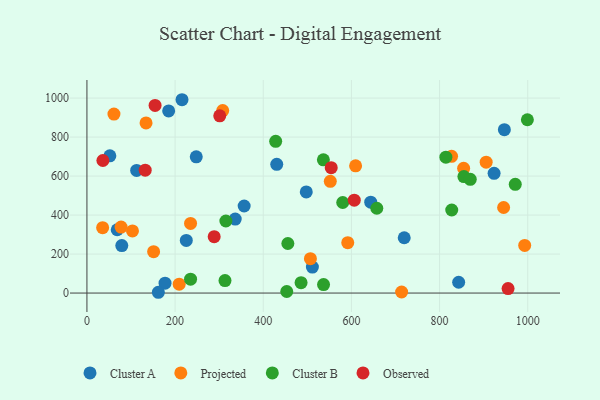
{"axis": {"x": "Speed", "y": "Yield"}, "legend": ["Cluster A", "Cluster B", "Observed", "Projected"], "data": [{"x": "843.3", "y": 55.5, "type": "Cluster A"}, {"x": "68.7", "y": 324.7, "type": "Cluster A"}, {"x": "52.0", "y": 703.6, "type": "Cluster A"}, {"x": "215.7", "y": 991.4, "type": "Cluster A"}, {"x": "336.4", "y": 379.6, "type": "Cluster A"}, {"x": "719.8", "y": 283.7, "type": "Cluster A"}, {"x": "112.8", "y": 628.9, "type": "Cluster A"}, {"x": "177.2", "y": 50.6, "type": "Cluster A"}, {"x": "643.8", "y": 466.1, "type": "Cluster A"}, {"x": "162.0", "y": 4.0, "type": "Cluster A"}, {"x": "225.4", "y": 270.0, "type": "Cluster A"}, {"x": "248.0", "y": 698.5, "type": "Cluster A"}, {"x": "947.0", "y": 837.6, "type": "Cluster A"}, {"x": "511.5", "y": 133.1, "type": "Cluster A"}, {"x": "430.6", "y": 659.9, "type": "Cluster A"}, {"x": "356.7", "y": 446.4, "type": "Cluster A"}, {"x": "923.7", "y": 614.1, "type": "Cluster A"}, {"x": "79.1", "y": 243.6, "type": "Cluster A"}, {"x": "185.4", "y": 933.9, "type": "Cluster A"}, {"x": "497.6", "y": 518.8, "type": "Cluster A"}, {"x": "308.0", "y": 936.0, "type": "Projected"}, {"x": "854.6", "y": 640.1, "type": "Projected"}, {"x": "151.3", "y": 212.4, "type": "Projected"}, {"x": "209.3", "y": 45.5, "type": "Projected"}, {"x": "905.7", "y": 671.1, "type": "Projected"}, {"x": "235.1", "y": 356.9, "type": "Projected"}, {"x": "993.1", "y": 244.2, "type": "Projected"}, {"x": "713.9", "y": 5.4, "type": "Projected"}, {"x": "103.3", "y": 318.8, "type": "Projected"}, {"x": "609.5", "y": 652.2, "type": "Projected"}, {"x": "61.3", "y": 917.6, "type": "Projected"}, {"x": "77.5", "y": 338.4, "type": "Projected"}, {"x": "552.1", "y": 573.2, "type": "Projected"}, {"x": "35.6", "y": 335.5, "type": "Projected"}, {"x": "827.2", "y": 700.9, "type": "Projected"}, {"x": "134.1", "y": 872.3, "type": "Projected"}, {"x": "591.7", "y": 258.5, "type": "Projected"}, {"x": "507.0", "y": 176.1, "type": "Projected"}, {"x": "945.3", "y": 438.6, "type": "Projected"}, {"x": "315.2", "y": 369.4, "type": "Cluster B"}, {"x": "455.8", "y": 254.2, "type": "Cluster B"}, {"x": "485.8", "y": 53.4, "type": "Cluster B"}, {"x": "453.3", "y": 7.9, "type": "Cluster B"}, {"x": "313.2", "y": 63.9, "type": "Cluster B"}, {"x": "657.6", "y": 434.8, "type": "Cluster B"}, {"x": "814.3", "y": 696.6, "type": "Cluster B"}, {"x": "999.2", "y": 888.8, "type": "Cluster B"}, {"x": "855.2", "y": 597.1, "type": "Cluster B"}, {"x": "536.8", "y": 43.4, "type": "Cluster B"}, {"x": "580.3", "y": 464.3, "type": "Cluster B"}, {"x": "827.6", "y": 426.0, "type": "Cluster B"}, {"x": "428.2", "y": 778.2, "type": "Cluster B"}, {"x": "869.6", "y": 583.2, "type": "Cluster B"}, {"x": "536.4", "y": 683.0, "type": "Cluster B"}, {"x": "235.1", "y": 71.3, "type": "Cluster B"}, {"x": "971.7", "y": 557.5, "type": "Cluster B"}, {"x": "132.2", "y": 629.9, "type": "Observed"}, {"x": "36.2", "y": 679.8, "type": "Observed"}, {"x": "955.4", "y": 23.0, "type": "Observed"}, {"x": "288.7", "y": 289.0, "type": "Observed"}, {"x": "301.3", "y": 908.7, "type": "Observed"}, {"x": "554.2", "y": 642.8, "type": "Observed"}, {"x": "154.6", "y": 962.2, "type": "Observed"}, {"x": "606.5", "y": 476.5, "type": "Observed"}]}